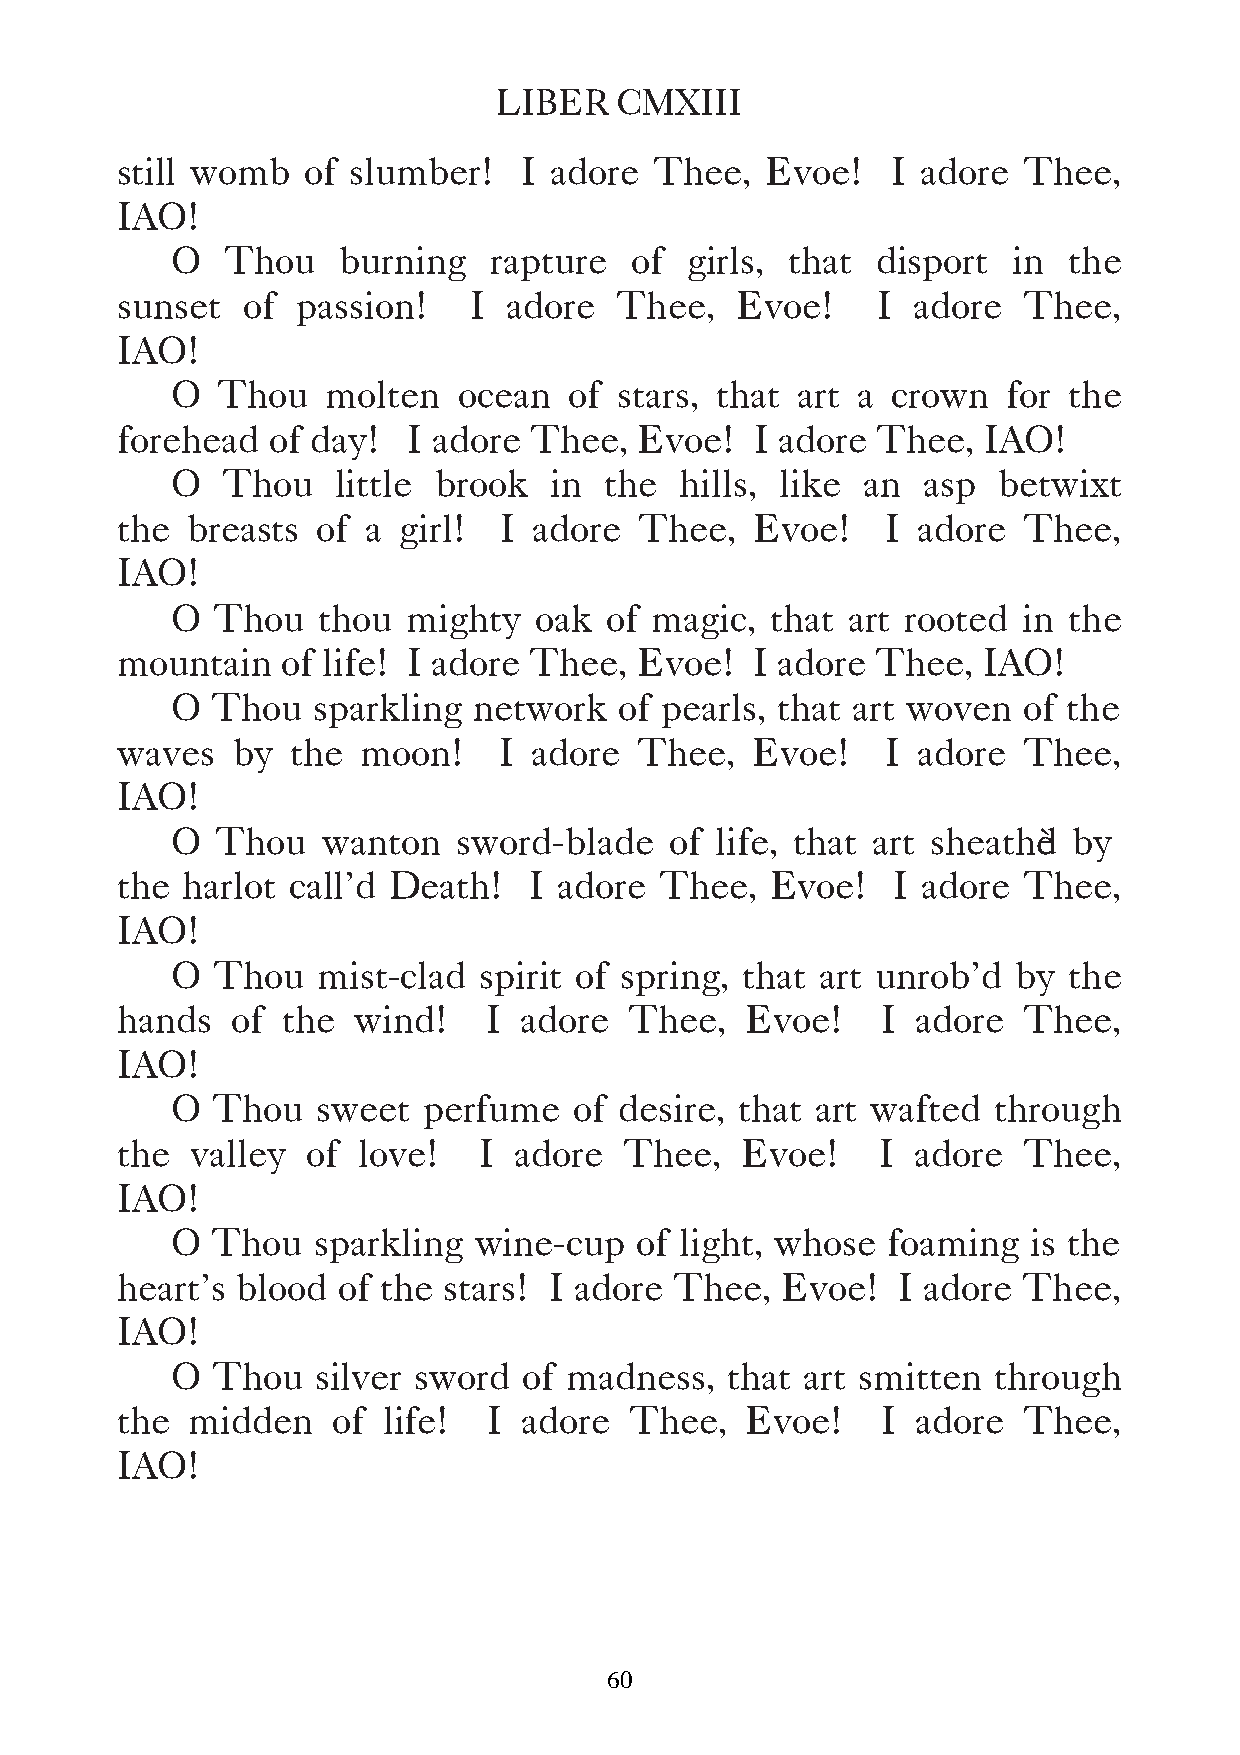
LIBER   CMXIII
 still womb  of slumber!    I adore Thee,   Evoe!   I adore  Thee,
 IAO!
 O   Thou   burning    rapture  of  girls, that disport  in  the
 sunset  of  passion!   I  adore  Thee,   Evoe!    I adore   Thee,
 IAO!
 O  Thou    molten  ocean   of stars, that art a crown   for the
 forehead  of day!  I adore Thee,  Evoe!   I adore Thee,  IAO!
 O   Thou   little brook  in  the  hills, like an  asp  betwixt
 the breasts  of a girl!  I adore  Thee,   Evoe!    I adore  Thee,
 IAO!
 O  Thou   thou  mighty  oak  of magic,  that art rooted  in the
 mountain   of life! I adore Thee, Evoe!   I adore Thee,  IAO!
 O  Thou   sparkling network   of pearls, that art woven  of the
 waves  by  the  moon!    I adore  Thee,   Evoe!    I adore  Thee,
 IAO!
 O  Thou   wanton   sword-blade   of life, that art sheathdè by
 the harlot call’d Death!   I adore  Thee,  Evoe!   I adore  Thee,
 IAO!
 O  Thou   mist-clad  spirit of spring, that art unrob’d by  the
 hands  of  the  wind!   I adore   Thee,  Evoe!    I  adore  Thee,
 IAO!
 O  Thou   sweet  perfume   of desire, that art wafted  through
 the  valley of  love!   I adore  Thee,   Evoe!    I  adore  Thee,
 IAO!
 O  Thou   sparkling wine-cup   of light, whose  foaming  is the
 heart’s blood of the stars! I adore  Thee,  Evoe!   I adore Thee,
 IAO!
 O  Thou   silver sword  of madness,  that art smitten  through
 the  midden   of life!  I adore   Thee,  Evoe!    I  adore  Thee,
 IAO!
 60